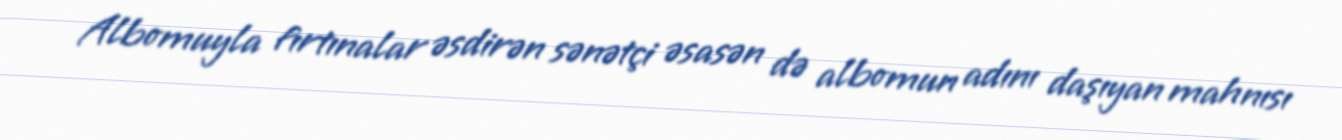
Albomuyla fırtınalar əsdirən sənətçi əsasən də albomun adını daşıyan mahnısı